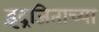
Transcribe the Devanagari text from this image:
इंद्रजिताच्या